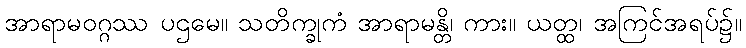
အာရာမဝဂ္ဂဿ ပဌမေ။ သတိက္ခုကံ အာရာမန္တိ၊ ကား။ ယတ္ထ၊ အကြင်အရပ်၌။